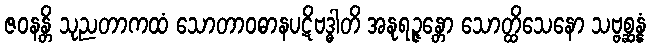
ဇဝနန္တိ သုညတာကထံ သောတာဝဓာနပဋိဗဒ္ဓါတိ အနုရဉ္ဇန္တော သောတ္ထိသေနော သဗ္ဗစ္ဆန္နံ